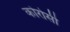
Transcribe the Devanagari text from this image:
कोरोसी